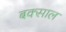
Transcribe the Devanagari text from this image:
बक्साल